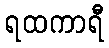
ရထကာရီ